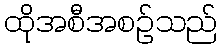
ထိုအစီအစဉ်သည်